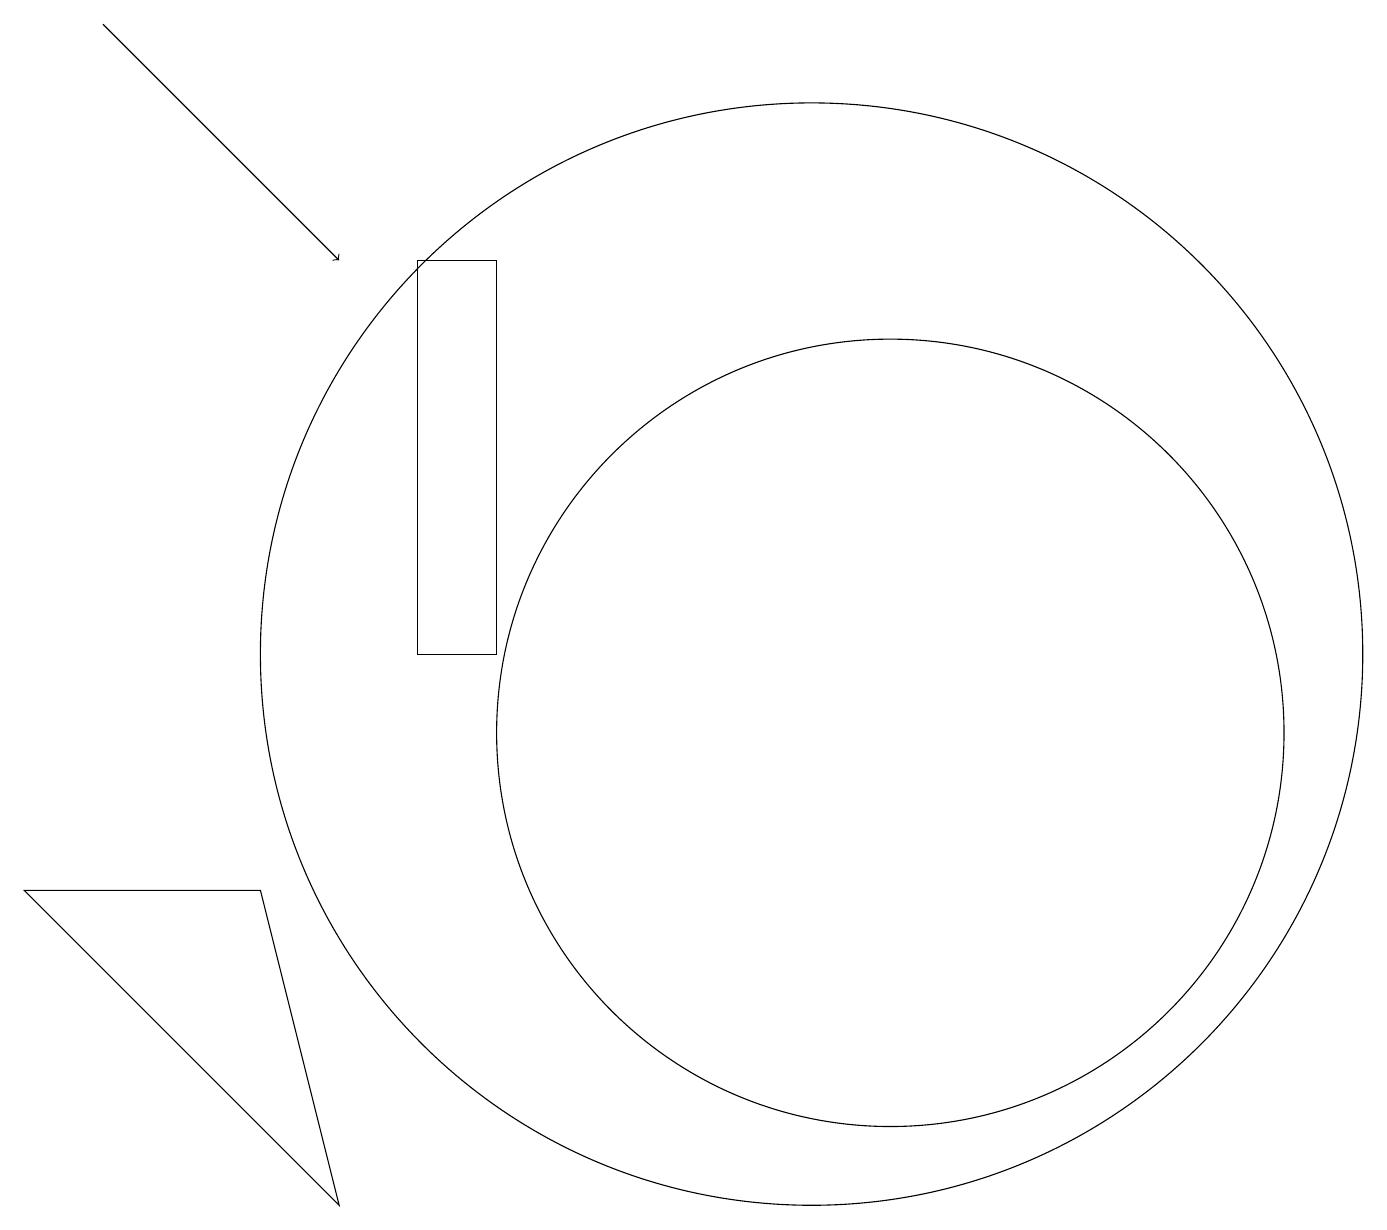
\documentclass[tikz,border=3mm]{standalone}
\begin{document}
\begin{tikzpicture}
\draw (6,16) rectangle (5,11);
\draw (0,8) -- (3,8) -- (4,4) -- cycle;
\draw[->] (1,19) -- (4,16);
\draw (11,10) circle (5);
\draw (10,11) circle (7);
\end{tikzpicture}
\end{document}